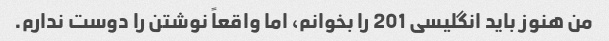
من هنوز باید انگلیسی 201 را بخوانم، اما واقعاً نوشتن را دوست ندارم.